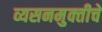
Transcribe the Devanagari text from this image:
व्यसनमुक्‍तीचे